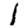
Digit: 1